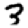
Digit: 3